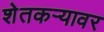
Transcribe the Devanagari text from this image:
शेतकऱ्यावर